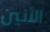
الأنين